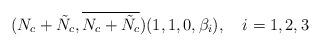
LaTeX: \begin{align*}(N_{c}+\tilde{N}_{c}, \overline{N_{c}+\tilde{N}_{c}}) (1, 1, 0, \beta_{i}), \ \ \ i=1,2,3\end{align*}